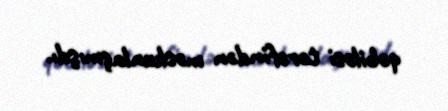
qəbiləsi tərəfindən məskunlaşmışdı.